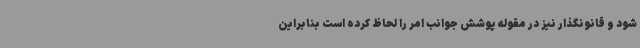
شود و قانونگذار نیز در مقوله پوشش جوانب امر را لحاظ کرده است بنابراین